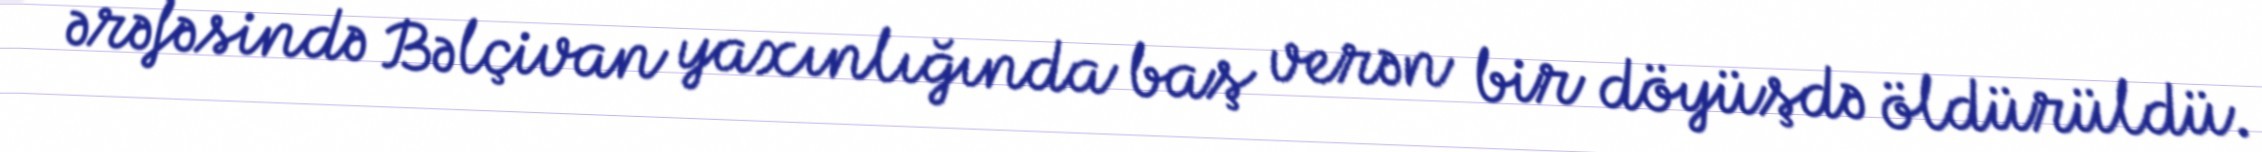
ərəfəsində Bəlçivan yaxınlığında baş verən bir döyüşdə öldürüldü.